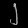
Digit: ၂